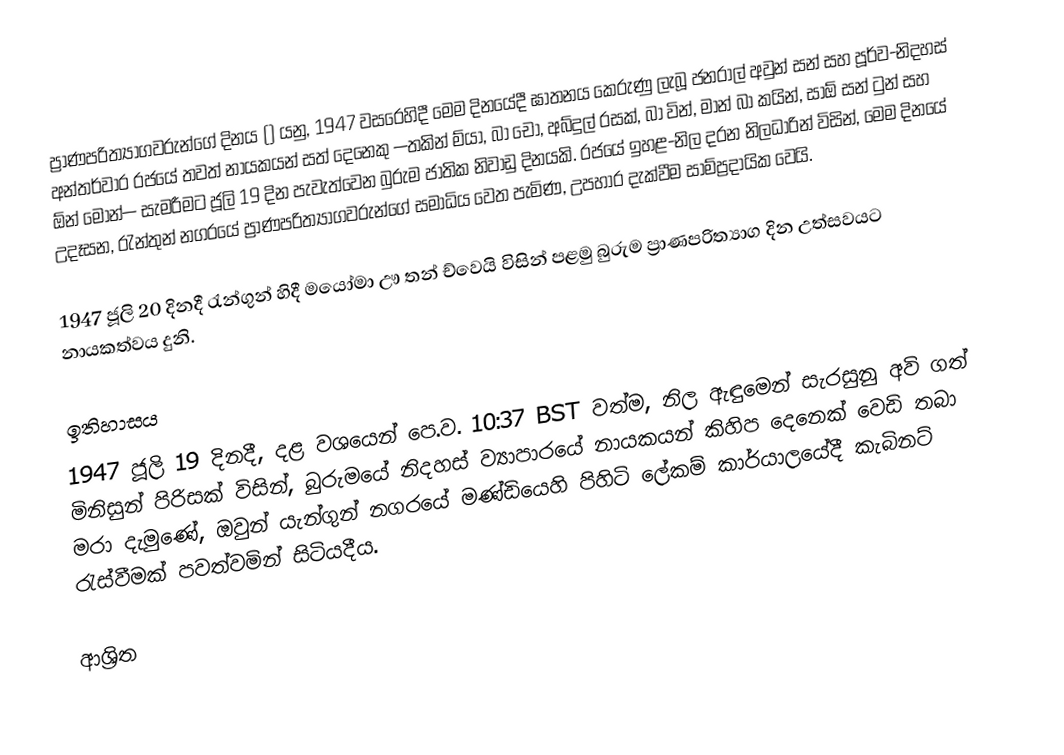
ප්‍රාණපරිත්‍යාගවරුන්ගේ දිනය () යනු, 1947 වසරෙහිදී මෙම දිනයේදී ඝාතනය කෙරුණු ලැබූ ජනරාල් අවුන් සන් සහ පූර්ව-නිදහස් අන්තර්වාර රජයේ තවත් නායකයන් සත් දෙනෙකු —තකින් ම්යා, බා චෝ, අබ්දුල් රසක්, බා වින්, මාන් බා කයින්, සාඕ සන් ටුන් සහ ඕන් මෝන්— සැමරීමට ජූලි 19 දින පැවැත්වෙන බුරුම ජාතික නිවාඩු දිනයකි. රජයේ ඉහළ-නිල දරන නිලධාරින් විසින්, මෙම දිනයේ උදෑසන,  රැන්තුන් නගරයේ  ප්‍රාණපරිත්‍යාගවරුන්ගේ සමාධිය වෙත පැමිණ, උපහාර දැක්වීම සාම්ප්‍රදායික වෙයි.

1947 ජූලි 20 දිනදී රැන්ගුන් හිදී මයෝමා ඌ තන් ච්වෙයි විසින් පළමු බුරුම ප්‍රාණපරිත්‍යාග දින උත්සවයට නායකත්වය දුනි.

ඉතිහාසය
1947 ජූලි 19 දිනදී,  දළ වශයෙන් පෙ.ව. 10:37  BST වත්ම, නිල ඇඳුමෙන් සැරසුනු අවි ගත් මිනිසුන් පිරිසක් විසින්, බුරුමයේ නිදහස් ව්‍යාපාරයේ නායකයන් කිහිප දෙනෙක් වෙඩි තබා මරා දැමුණේ, ඔවුන්  යැන්ගුන් නගරයේ මණ්ඩියෙහි පිහිටි ලේකම් කාර්යාලයේදී කැබිනට් රැස්වීමක් පවත්වමින් සිටියදීය.

ආශ්‍රිත